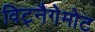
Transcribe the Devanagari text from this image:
विट्नैगेमोट